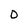
Character: 0